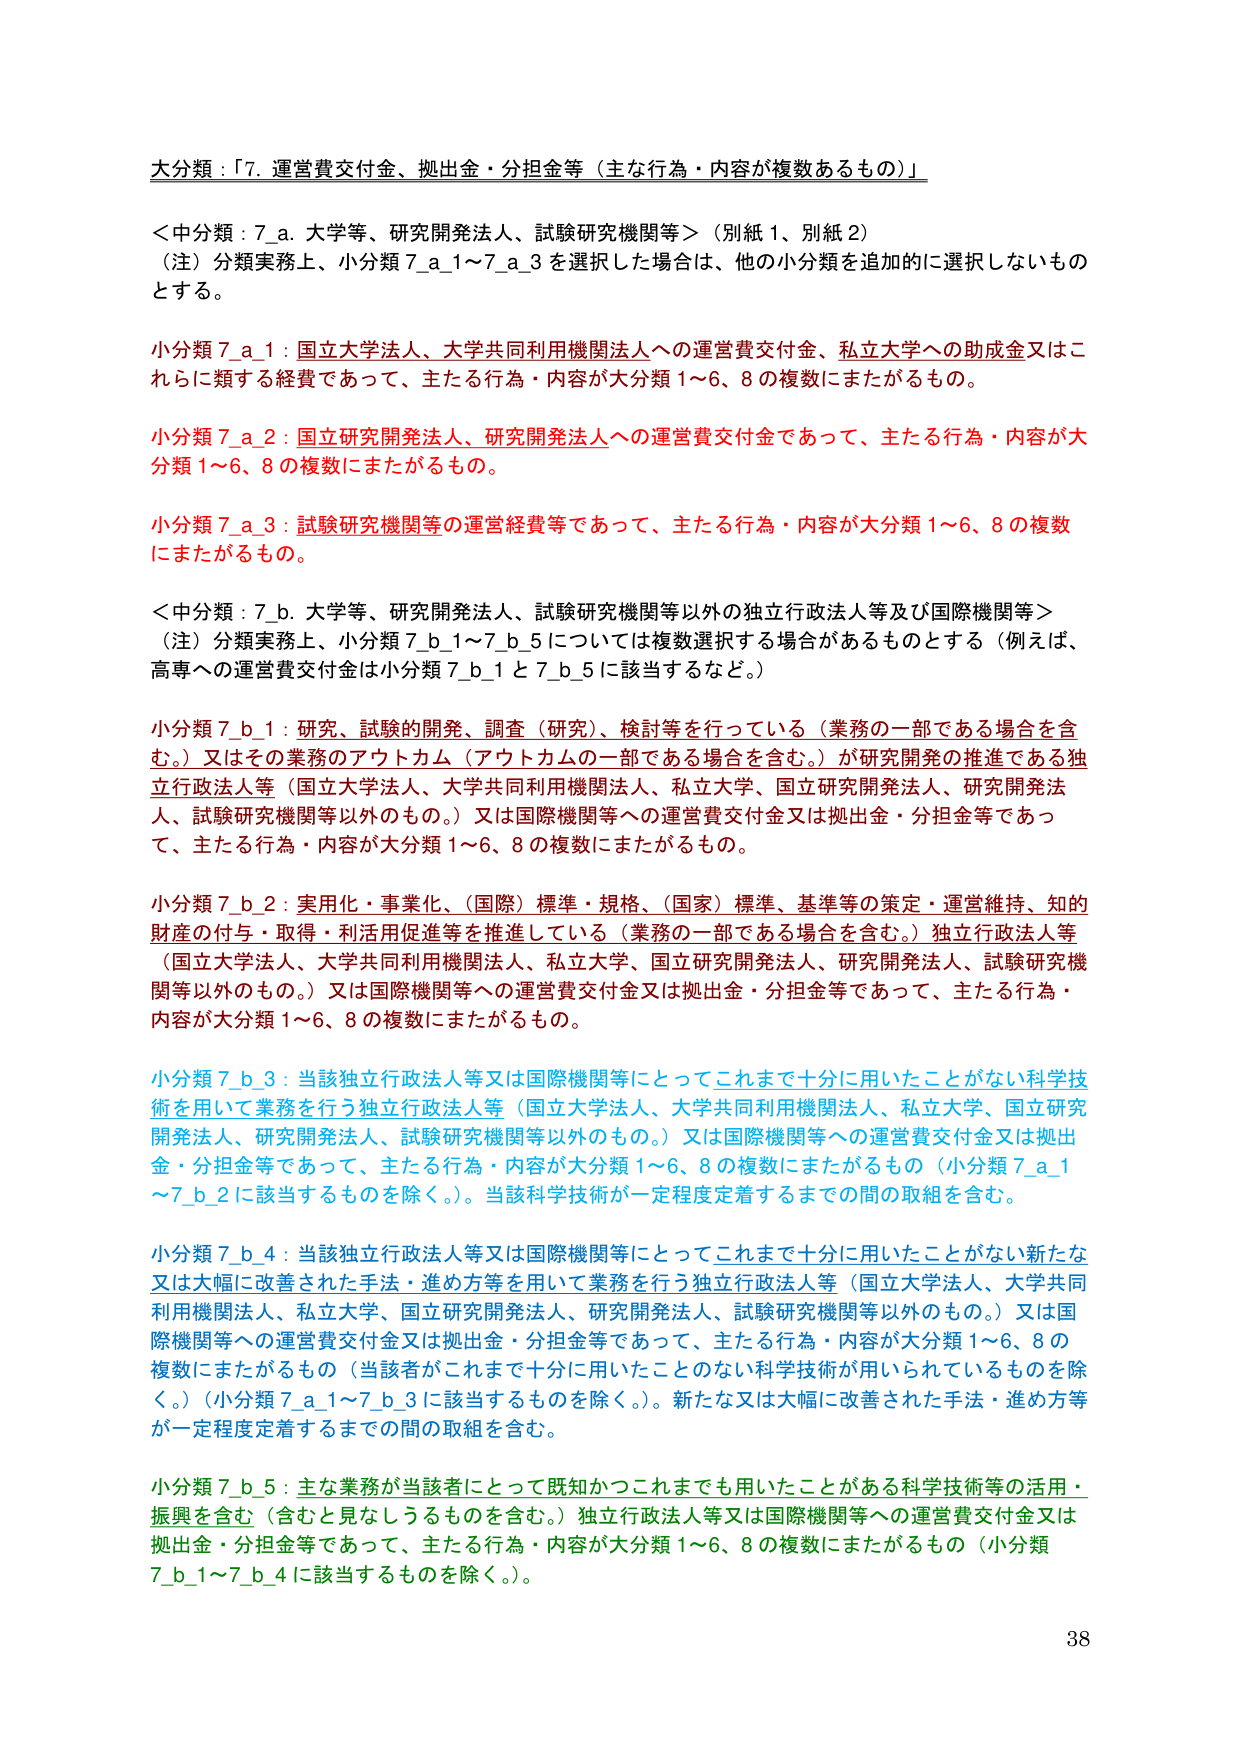
大分類：「7. 運営費交付金、拠出金・分担金等（主な行為・内容が複数あるもの）」

＜中分類：7_a. 大学等、研究開発法人、試験研究機関等＞（別紙1、別紙2）
（注）分類実務上、小分類7_a_1～7_a_3を選択した場合は、他の小分類を追加的に選択しないものとする。

小分類7_a_1：国立大学法人、大学共同利用機関法人への運営費交付金、私立大学への助成金又はこれらに類する経費であって、主たる行為・内容が大分類1～6、8の複数にまたがるもの。

小分類7_a_2：国立研究開発法人、研究開発法人への運営費交付金であって、主たる行為・内容が大分類1～6、8の複数にまたがるもの。

小分類7_a_3：試験研究機関等の運営経費等であって、主たる行為・内容が大分類1～6、8の複数にまたがるもの。

＜中分類：7_b. 大学等、研究開発法人、試験研究機関等以外の独立行政法人等及び国際機関等＞
（注）分類実務上、小分類7_b_1～7_b_5については複数選択する場合があるものとする（例えば、高専への運営費交付金は小分類7_b_1と7_b_5に該当するなど。）

小分類7_b_1：研究、試験の開発、調査（研究）、検討等を行っている（業務の一部である場合を含む。）又はその業務のアウトカム（アウトカムの一部である場合を含む。）が研究開発の推進である独立行政法人等（国立大学法人、大学共同利用機関法人、私立大学、国立研究開発法人、研究開発法人、試験研究機関等以外のもの。）又は国際機関等への運営費交付金又は拠出金・分担金等であって、主たる行為・内容が大分類1～6、8の複数にまたがるもの。

小分類7_b_2：実用化・事業化、（国際）標準・規格、（国家）標準、基準等の策定・運営維持、知的財産の付与・取得・利活用促進等を推進している（業務の一部である場合を含む。）独立行政法人等（国立大学法人、大学共同利用機関法人、私立大学、国立研究開発法人、研究開発法人、試験研究機関等以外のもの。）又は国際機関等への運営費交付金又は拠出金・分担金等であって、主たる行為・内容が大分類1～6、8の複数にまたがるもの。

小分類7_b_3：当該独立行政法人等又は国際機関等にとってこれまで十分に用いたことがない科学技術を用いて業務を行う独立行政法人等（国立大学法人、大学共同利用機関法人、私立大学、国立研究開発法人、研究開発法人、試験研究機関等以外のもの。）又は国際機関等への運営費交付金又は拠出金・分担金等であって、主たる行為・内容が大分類1～6、8の複数にまたがるもの（小分類7_a_1～7_b_2に該当するものを除く。）。当該科学技術が一定程度定着するまでの間の取組を含む。

小分類7_b_4：当該独立行政法人等又は国際機関等にとってこれまで十分に用いたことがない新たな又は大幅に改善された手法・進め方等を用いて業務を行う独立行政法人等（国立大学法人、大学共同利用機関法人、私立大学、国立研究開発法人、研究開発法人、試験研究機関等以外のもの。）又は国際機関等への運営費交付金又は拠出金・分担金等であって、主たる行為・内容が大分類1～6、8の複数にまたがるもの（当該者がこれまで十分に用いたことがない科学技術が用いられているものを除く。）（小分類7_a_1～7_b_3に該当するものを除く。）。新たな又は大幅に改善された手法・進め方等が一定程度定着するまでの間の取組を含む。

小分類7_b_5：主な業務が当該者にとって既知かつこれまでにも用いたことがある科学技術等の活用・振興を含む（含むと見なしうるものを含む。）独立行政法人等又は国際機関等への運営費交付金又は拠出金・分担金等であって、主たる行為・内容が大分類1～6、8の複数にまたがるもの（小分類7_b_1～7_b_4に該当するものを除く。）。

38